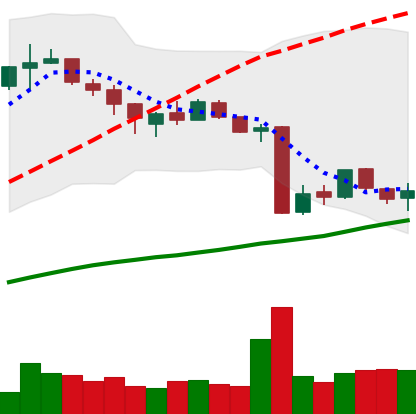
Ticker: BTC-USD
Chart end date: 2015-08-14
Forward return: -14.678%
Label: down_7plus